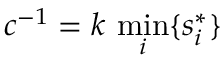
c ^ { - 1 } = k \, \operatorname* { m i n } _ { i } \{ s _ { i } ^ { * } \}